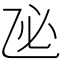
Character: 𢖮